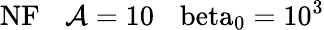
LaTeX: \mathrm{{NF}\: \: \: \: \mathcal{A}=10\: \: \: \ beta_{0}=10^{3}}